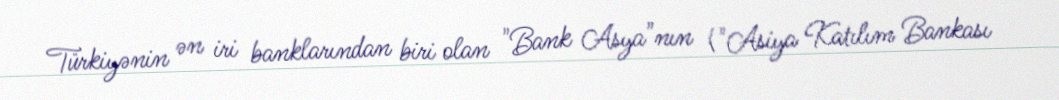
Türkiyənin ən iri banklarından biri olan "Bank Asya"nın ("Asiya Katılım Bankası